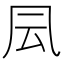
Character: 凨